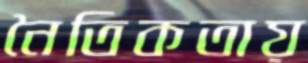
নৈতিকতায়